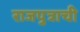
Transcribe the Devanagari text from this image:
राजपुत्राची